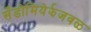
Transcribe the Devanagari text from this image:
सँडोमियेर्झजवळ